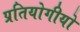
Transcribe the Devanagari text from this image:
प्रतियोगीयो